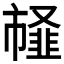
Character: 䪟